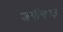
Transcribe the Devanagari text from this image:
जमीन१३